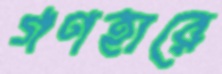
গণহারে